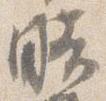
暗